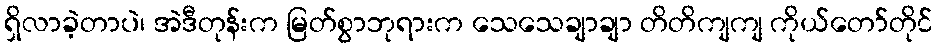
ရှိလာခဲ့တာပဲ၊ အဲဒီတုန်းက မြတ်စွာဘုရားက သေသေချာချာ တိတိကျကျ ကိုယ်တော်တိုင်